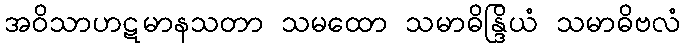
အဝိသာဟဋမာနသတာ သမထော သမာဓိန္ဒြိယံ သမာဓိဗလံ